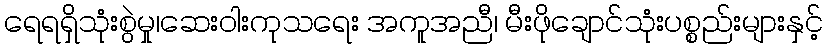
ရေရရှိသုံးစွဲမှု၊ဆေးဝါးကုသရေး အကူအညီ၊ မီးဖိုချောင်သုံးပစ္စည်းများနှင့်